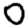
Digit: 0